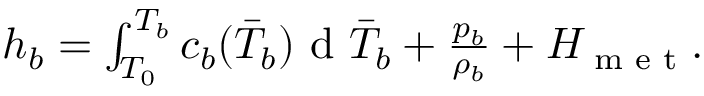
\begin{array} { r } { h _ { b } = \int \displaylimits _ { T _ { 0 } } ^ { T _ { b } } c _ { b } ( \bar { T } _ { b } ) \textrm { d } \bar { T } _ { b } + \frac { p _ { b } } { \rho _ { b } } + H _ { \textrm { m e t } } . } \end{array}